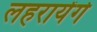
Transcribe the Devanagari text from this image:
लहरायेंगे